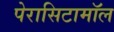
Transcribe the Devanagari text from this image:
पेरासिटामॉल